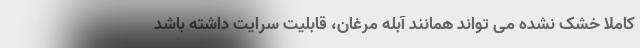
کاملا خشک نشده می تواند همانند آبله مرغان، قابلیت سرایت داشته باشد